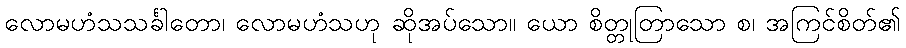
လောမဟံသသင်္ခါတော၊ လောမဟံသဟု ဆိုအပ်သော။ ယော စိတ္တုတြာသော စ၊ အကြင်စိတ်၏